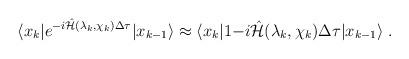
LaTeX: \begin{align*}\langle x_k |e^{-i\hat{{\cal H}}(\lambda_k,\chi_k)\Delta \tau} | x_{k-1}\rangle \approx \langle x_k |1{-i\hat{{\cal H}}(\lambda_k,\chi_k)\Delta \tau} | x_{k-1}\rangle\;.\end{align*}